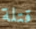
قتلة